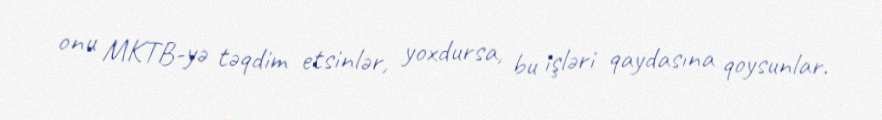
onu MKTB-yə təqdim etsinlər, yoxdursa, bu işləri qaydasına qoysunlar.